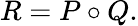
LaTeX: R=P\circ Q.